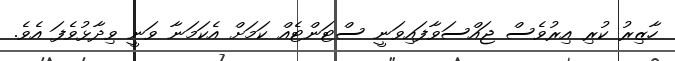
ހާޒިރު ކުރި އިރުވެސް ޖައްސަވާފައިވަނީ ސްޓަންޓެއް ކަމަށް އެކަމަނާ ވަނީ ވިދާޅުވެފަ އެވެ.